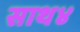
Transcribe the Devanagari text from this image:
साथ४